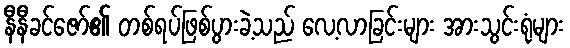
နီနီခင်ဇော်၏ တစ်ရပ်ဖြစ်ပွားခဲ့သည် လေ့လာခြင်းများ အားသွင်းရုံများ